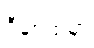
ဒီနှစ်ထဲမှာ